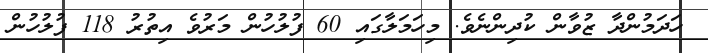
ހަދަމުންދާ ޒުވާން ކުދިންނެވެ. މިހަމަލާގައި 60 ފުލުހުން މަރުވެ އިތުރު 118 ފުލުހުން